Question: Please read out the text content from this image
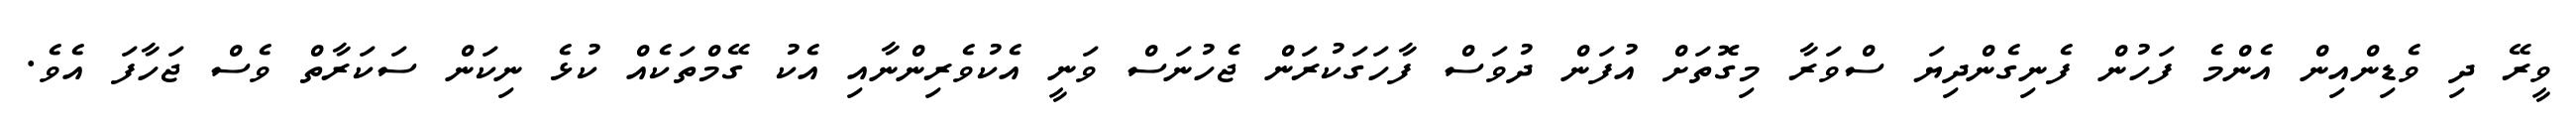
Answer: ވީރޭ ދި ވެޑިންއިން އެންމެ ފަހުން ފެނިގެންދިޔަ ސްވަރާ މިގޮތަށް އުފަން ދުވަސް ފާހަގަކުރަން ޖެހުނަސް ވަނީ އެކުވެރިންނާއި އެކު ގޭމްތަކެއް ކުޅެ ނިކަން ސަކަރާތް ވެސް ޖަހާފަ އެވެ.